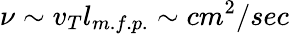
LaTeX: \nu\sim v_{T}l_{m.f.p.}\sim cm^{2}/sec